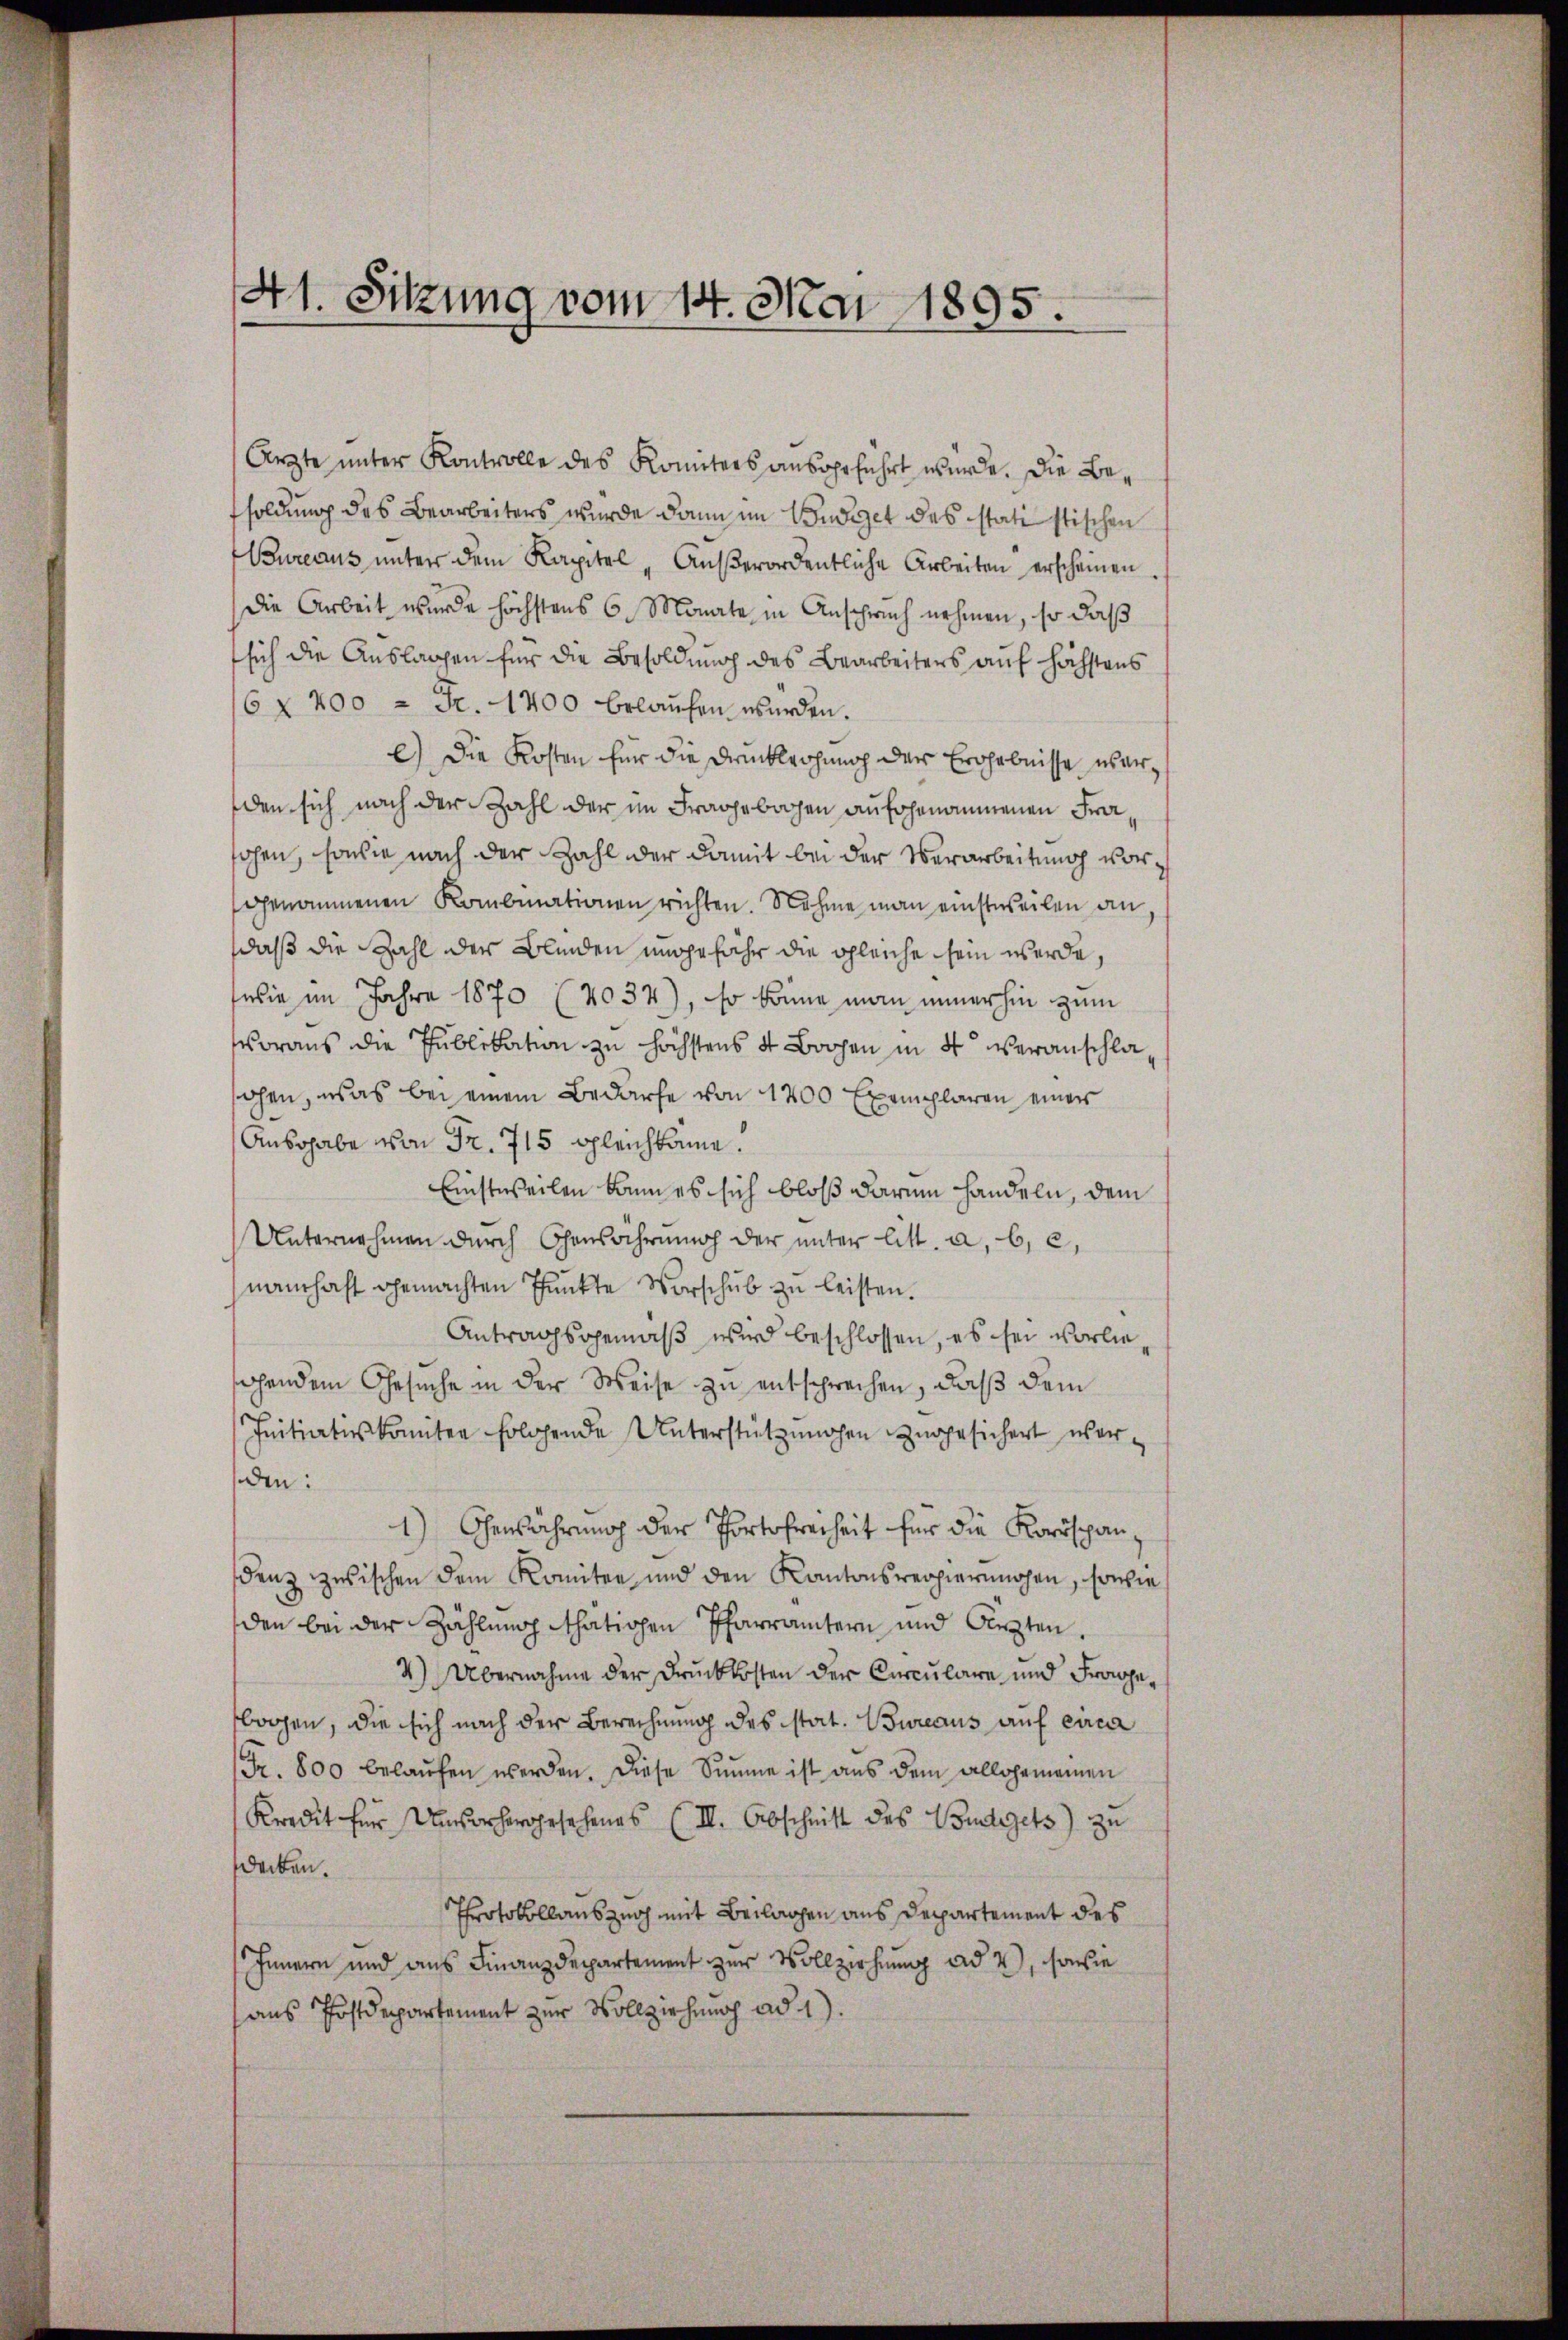
41. Sitzung vom 14. Mai 1895.

Ärzte unter Kontrolle des Komiters ausgeführt würde. Die Besoldung des Bearbeiters wurde dann im Budget des statistischen
Bureaus ŭnter dem Kapitel-Aŭβerordentliche Arbeiten erscheinen.
die Arbeit wurde höchstens 6 Monate in Anspruch nehmen, so daß
sich die Auslagen für die Besoldung des Bearbeiters auf höchstens
6x 200 = Fr. 1700 belaufen werden.
c) Die Kosten für die Druckleihung der Ergebnisse überden sich nach der Zahl der im Fragebachen aufgenommenen Fraohen, sowie nach der Zahl der damit bei der Verarbeitung vorgenommenen Kombinationen richten. Nahme man einstweilen an
daß die Zahl der Blinden ungefahr die gleiche sein werde,
wie im Jahre 1870 (2037), so könne man immerhin zum
woraus die Publikation zu höchstens 4 Bogen in 4 veranschlaohen, was bei einem Bedarfe von 1200 Exemplaren einer
Ausgabe von Fr. 715 gleichbame.
Einstweilen kann es sich bloß darum handeln, dem
Unternehmen dŭrch Chansährŭng der ŭnter litt. a, b, c,
namhaft gemachten Punkte Vorschub zu leisten.
Antragsgemäß wird beschlossen, es sei vorliesehendem Gesuche in der Weise zu entsprechen, daß dem
Initiatis komiter folgende Unterstützŭngen zŭgesichert wor-
den:
1) Gewährung der Portofreiheit für die Korrspan
denz zwischen dem Komitee und den Kantonsreopierungen, sowie
den bei der Zählung thätigen Pfarrämtern und lezten.
4) Übernahme der Druckkosten der Circulare und Fragebogen, die sich nach der Berechnung des stat. Bureaus auf circa
Fr. 800 belaŭfen werden. Diese Summe ist aus dem allgemeinen
Kredit für Umsorhergesehenes (III. Abschnitt des Budgets) zu
decken.
Protokollauszug mit Beilagen aus Departement des
Innern und aus Finanzdepartement zur Vollziehung ad 2, sowie
aus Postdepartement zur Vollziehung ad 1).